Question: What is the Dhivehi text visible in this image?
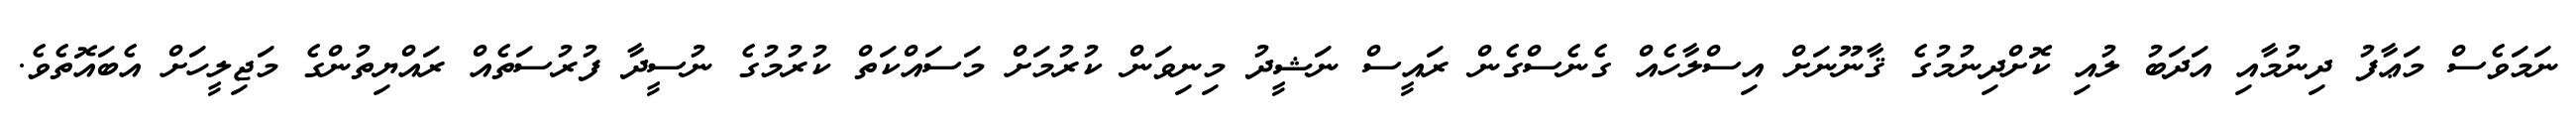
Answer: ނަމަވެސް މަޢާފު ދިނުމާއި އަދަބު ލުއި ކޮށްދިނުމުގެ ޤާނޫނަށް އިސްލާހެއް ގެނެސްގެން ރައީސް ނަޝީދު މިނިވަން ކުރުމަށް މަސައްކަތް ކުރުމުގެ ނުސީދާ ފުރުސަތެއް ރައްޔިތުންގެ މަޖިލީހަށް އެބައޮތެވެ.